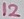
Text: 12